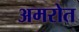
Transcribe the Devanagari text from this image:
अमरोत